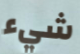
شيء